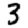
Digit: 3